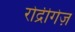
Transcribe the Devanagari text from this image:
रोद्रीगेज़